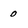
Character: 0